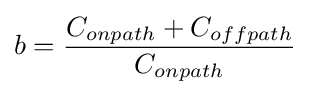
b={\frac {C_{onpath}+C_{offpath}}{C_{onpath}}}